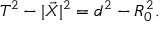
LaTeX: T ^ { 2 } - | \vec { X } | ^ { 2 } = d ^ { 2 } - R _ { 0 } ^ { 2 } .